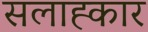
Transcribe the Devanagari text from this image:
सलाह्कार